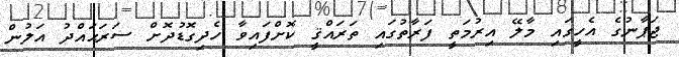
ޖަޕާނުގެ އެހީގައި މާލޭ އިރުމަތީ ފަރާތުގައި ތަރައްޤީ ކޮށްފައިވާ ހެދިގޮޑުދޮށް ސަރަޙައްދު އަލުން